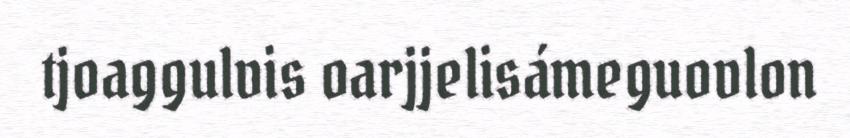
tjoaggulvis oarjjelisámeguovlon